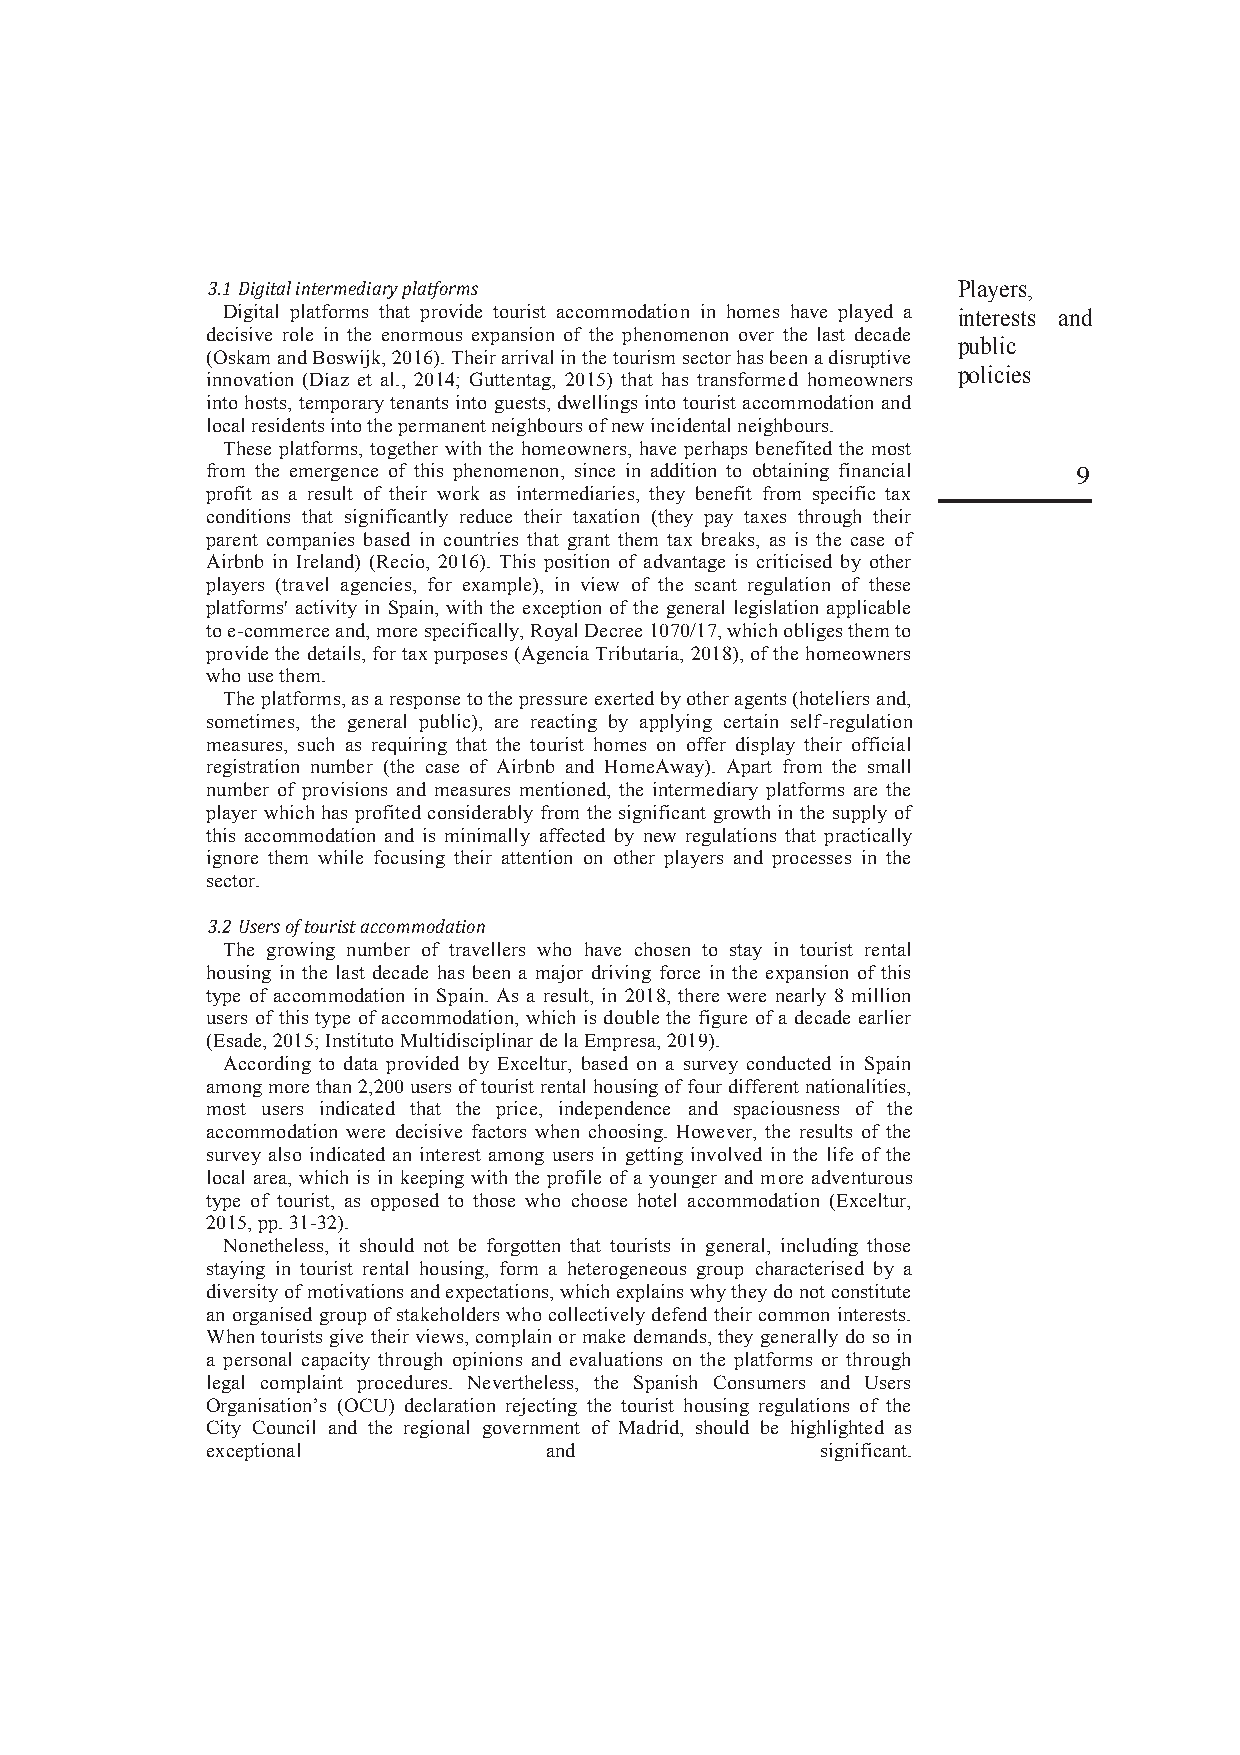
3.1 Digital intermediary platforms               Players,
 Digital platforms that provide tourist accommodation in homes have played a interests and
 decisive role in the enormous expansion of the phenomenon over the last decade
 public
 (Oskam and Boswijk, 2016). Their arrival in the tourism sector has been a disruptive
 policies
 innovation (Díaz et al., 2014; Guttentag, 2015) that has transformed homeowners
 into hosts, temporary tenants into guests, dwellings into tourist accommodation and
 local residents into the permanent neighbours of new incidental neighbours.
 These platforms, together with the homeowners, have perhaps benefited the most
 from the emergence of this phenomenon, since in addition to obtaining financial 9
 profit as a result of their work as intermediaries, they benefit from specific tax
 conditions that significantly reduce their taxation (they pay taxes through their
 parent companies based in countries that grant them tax breaks, as is the case of
 Airbnb in Ireland) (Recio, 2016). This position of advantage is criticised by other
 players (travel agencies, for example), in view of the scant regulation of these
 platforms' activity in Spain, with the exception of the general legislation applicable
 to e-commerce and, more specifically, Royal Decree 1070/17, which obliges them to
 provide the details, for tax purposes (Agencia Tributaria, 2018), of the homeowners
 who use them.
 The platforms, as a response to the pressure exerted by other agents (hoteliers and,
 sometimes, the general public), are reacting by applying certain self-regulation
 measures, such as requiring that the tourist homes on offer display their official
 registration number (the case of Airbnb and HomeAway). Apart from the small
 number of provisions and measures mentioned, the intermediary platforms are the
 player which has profited considerably from the significant growth in the supply of
 this accommodation and is minimally affected by new regulations that practically
 ignore them while focusing their attention on other players and processes in the
 sector.
 3.2 Users of tourist accommodation
 The growing number of travellers who have chosen to stay in tourist rental
 housing in the last decade has been a major driving force in the expansion of this
 type of accommodation in Spain. As a result, in 2018, there were nearly 8 million
 users of this type of accommodation, which is double the figure of a decade earlier
 (Esade, 2015; Instituto Multidisciplinar de la Empresa, 2019).
 According to data provided by Exceltur, based on a survey conducted in Spain
 among more than 2,200 users of tourist rental housing of four different nationalities,
 most users indicated that the price, independence and spaciousness of the
 accommodation were decisive factors when choosing. However, the results of the
 survey also indicated an interest among users in getting involved in the life of the
 local area, which is in keeping with the profile of a younger and more adventurous
 type of tourist, as opposed to those who choose hotel accommodation (Exceltur,
 2015, pp. 31-32).
 Nonetheless, it should not be forgotten that tourists in general, including those
 staying in tourist rental housing, form a heterogeneous group characterised by a
 diversity of motivations and expectations, which explains why they do not constitute
 an organised group of stakeholders who collectively defend their common interests.
 When tourists give their views, complain or make demands, they generally do so in
 a personal capacity through opinions and evaluations on the platforms or through
 legal complaint procedures. Nevertheless, the Spanish Consumers and Users
 Organisation’s (OCU) declaration rejecting the tourist housing regulations of the
 City Council and the regional government of Madrid, should be highlighted as
 exceptional           and               significant.